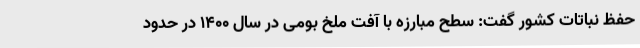
حفظ نباتات کشور گفت: سطح مبارزه با آفت ملخ بومی در سال ۱۴۰۰ در حدود